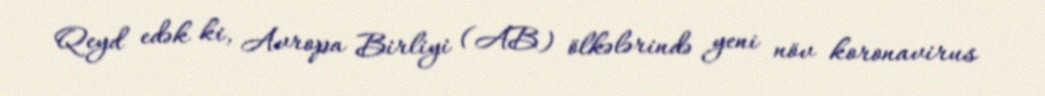
Qeyd edək ki, Avropa Birliyi (AB) ölkələrində yeni növ koronavirus